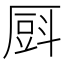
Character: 㕏